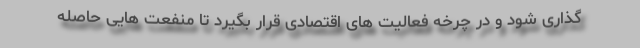
گذاری شود و در چرخه فعالیت های اقتصادی قرار بگیرد تا منفعت هایی حاصله